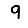
Digit: 9